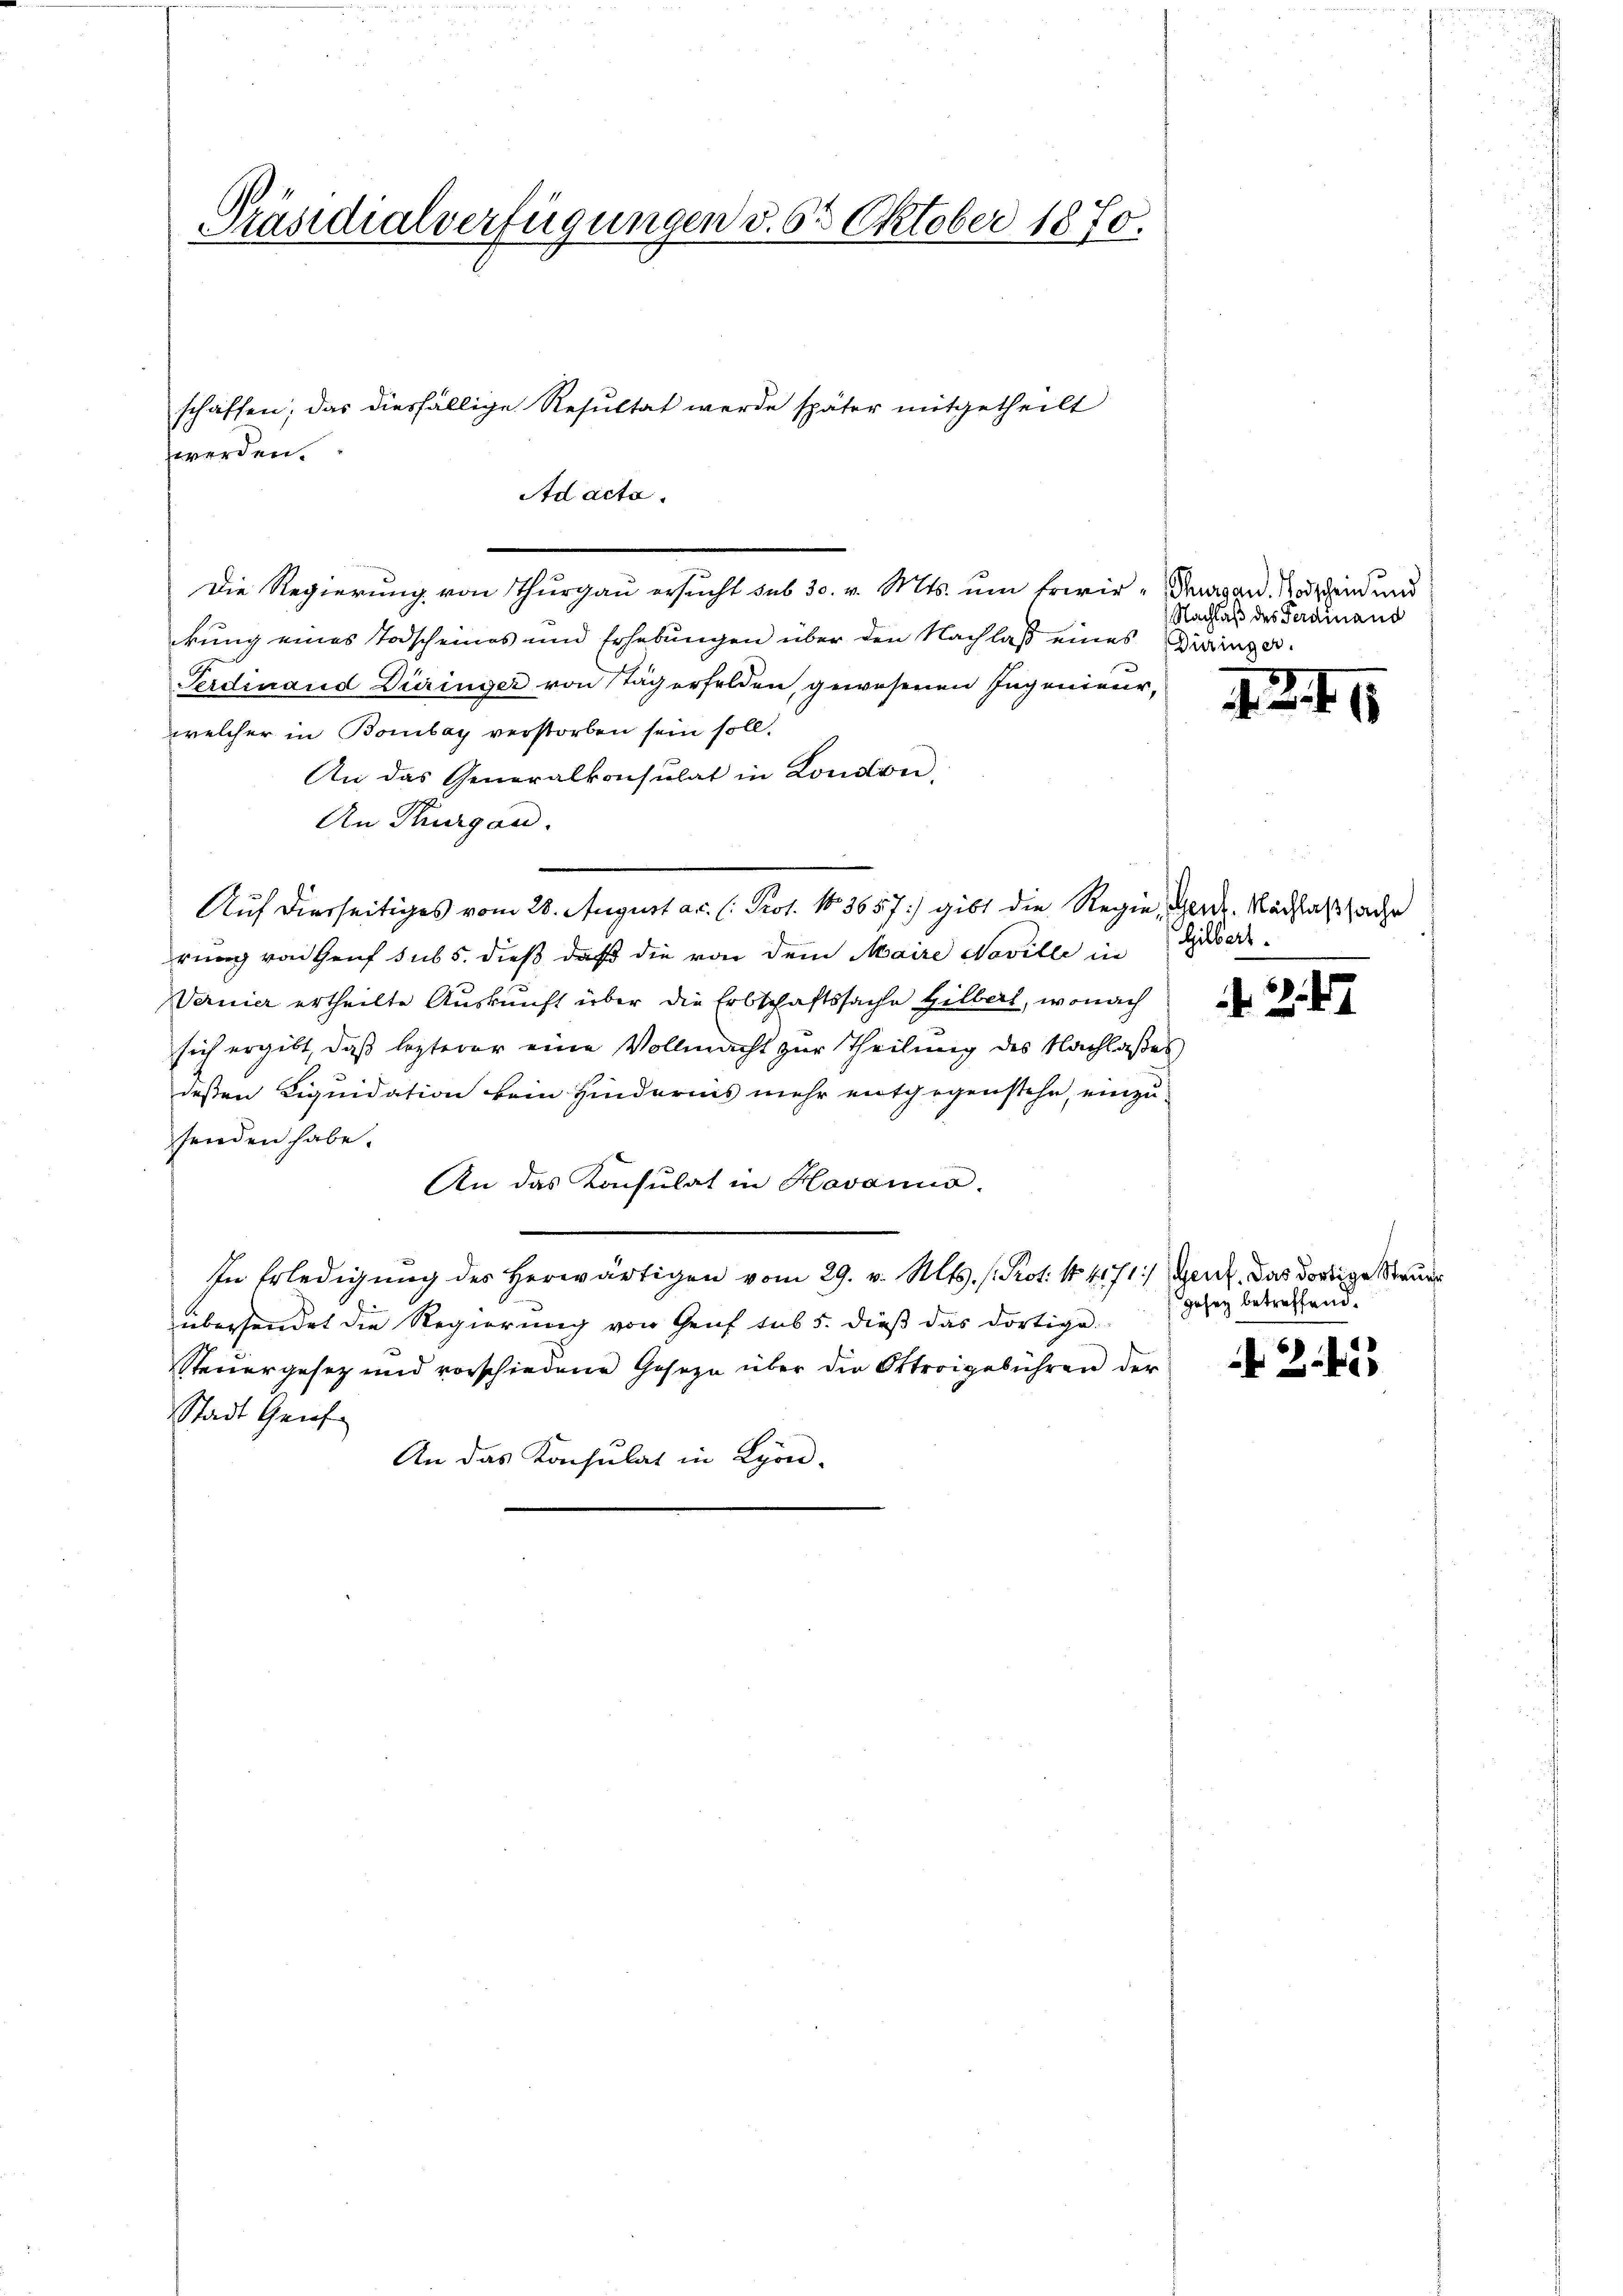
Präsidialverfügungen d. 63 Oktober 1870.

Ad acta.
Die Regierung von Thurgau ersucht sub 30. v. Mts. um Erwir daran Tod dein und
kung eines Todscheines und Erhebungen über den Nachlaß eines Biringer.
Ferdinand Düringer von Stägerfelden, gewesenen Ingenieur,
welcher in Bombay verstorben sein soll.
An das Generalkonsulat in London,
An Thurgau.
rung von Genf sub 5. dieß daß die von dem Maire Noville in
Vernier ertheilte Auskunft über die Erbschaftssache Hilbart, wonach
sich ergibt, daß lezterer eine Vollmacht zur Theilung des Nachlaßes
deßen Liquidation kein Hindernis mehr entgegenstehe, einzu-
senden habe.
An das Konsulat in Havanno.
In Erledigŭng des herwärtigen vom 29. v. Mts. (Prot. N. 4171) Genf, das dortige Steuer
übersendet die Regierung von Genf sub 5. dieß das dortige.
Steuergesetz und vorschiedene Geseze über der Ottroigebühren der
Stadt Geneh-
An das Konsulat in Lyon.
e

schaffen; das diesfällige Resultat werde später mitgetheilt
werden.

Auf dierseitiges vom 28. August a.c. (: Prot. No 3657:) gibt die Regie, werde. Nachlaßsache

Nachlaß des Ferdinand

42. 41

Gilbert.

gesez betreffend.

25